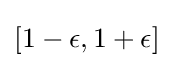
[1-\epsilon ,1+\epsilon ]